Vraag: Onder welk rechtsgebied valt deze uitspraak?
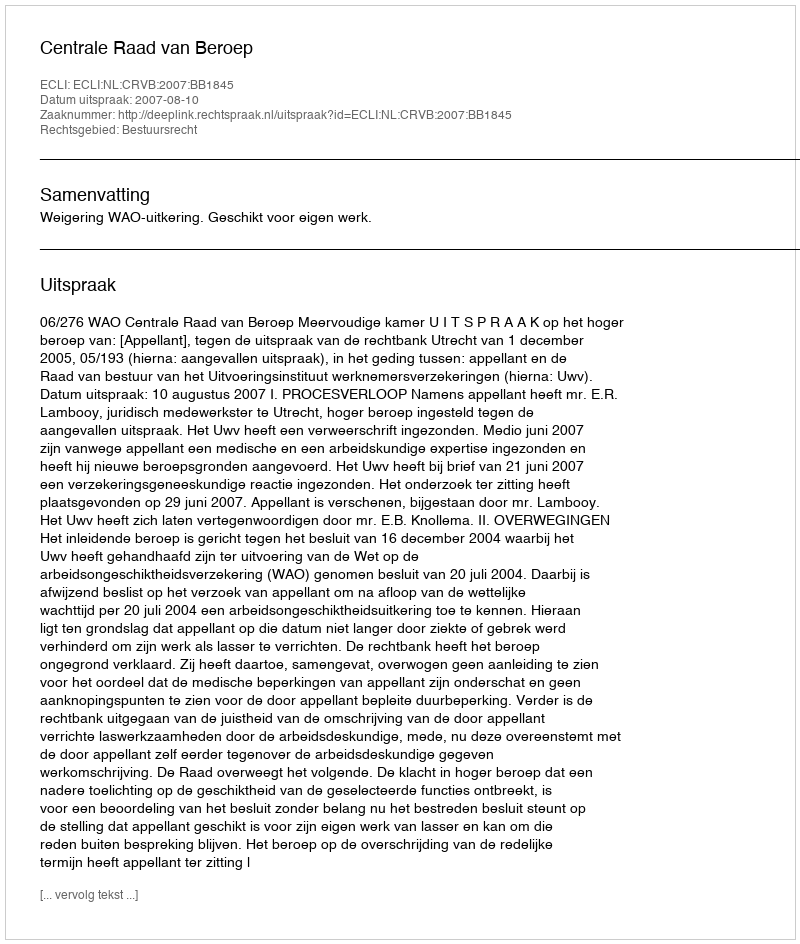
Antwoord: Bestuursrecht